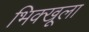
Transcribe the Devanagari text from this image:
भिक्खूला